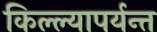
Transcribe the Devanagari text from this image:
किल्ल्यापर्यन्त